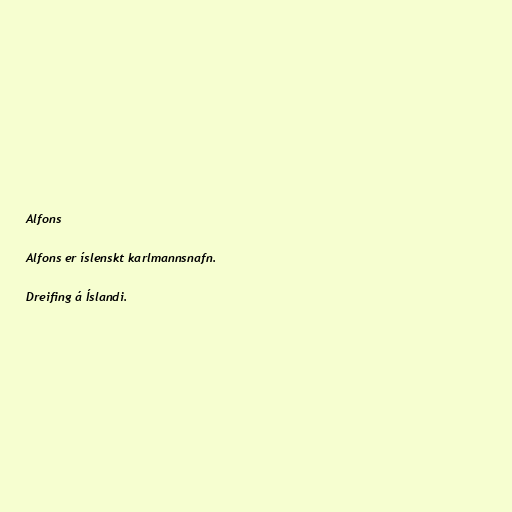
Alfons

Alfons er íslenskt karlmannsnafn.

Dreifing á Íslandi.